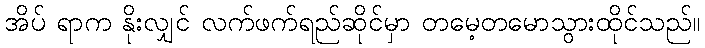
အိပ် ရာက နိုးလျှင် လက်ဖက်ရည်ဆိုင်မှာ တမေ့တမောသွားထိုင်သည်။